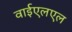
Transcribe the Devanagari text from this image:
वाईएलएल